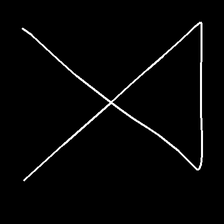
Glyph: collection